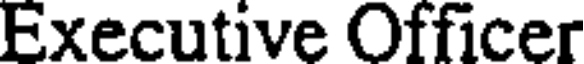
Executive Officer